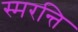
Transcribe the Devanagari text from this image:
स्मरन्ति